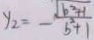
y _ { 2 } = - \frac { \sqrt { b ^ { 2 } + 1 } } { b ^ { 2 } + 1 }